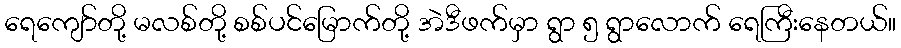
ရေကျော်တို့ မလစ်တို့ စစ်ပင်မြောက်တို့ အဲဒီဖက်မှာ ရွာ ၅ ရွာလောက် ရေကြီးနေတယ်။